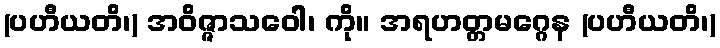
(ပဟီယတိ၊) အဝိဇ္ဇာသဝေါ၊ ကို။ အရဟတ္တမဂ္ဂေန (ပဟီယတိ၊)